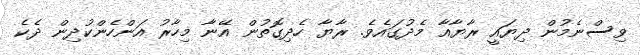
ވިސްނެމުން ދިޔައީ ރާޔާއާ މެދުގައެވެ. ރާޔާ ހެދިގޮތުން އޭނާ މިހާރު އަންހެންކުދިން ދެކެ